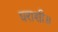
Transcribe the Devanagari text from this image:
घराशी॥